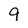
Character: 9